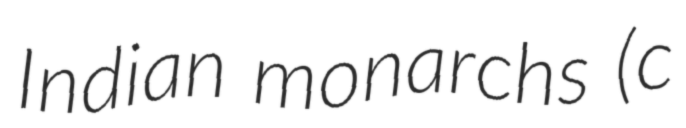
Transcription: Indian monarchs (c